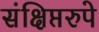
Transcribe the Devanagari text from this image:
संक्षिप्तरुपे